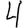
Digit: 4